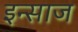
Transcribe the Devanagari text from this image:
इन्साज